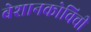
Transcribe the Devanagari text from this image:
बेशानकोविची